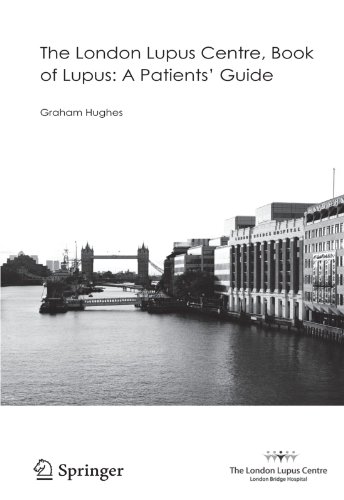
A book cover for The London Lupus Centre, Book of Lupus: A Patients' Guide; Graham Hughes; Health, Fitness & Dieting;